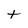
Character: t